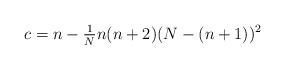
LaTeX: \begin{align*}c =n - \tfrac1N n (n+2) (N - (n+1))^2\end{align*}